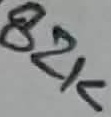
Text: 82K